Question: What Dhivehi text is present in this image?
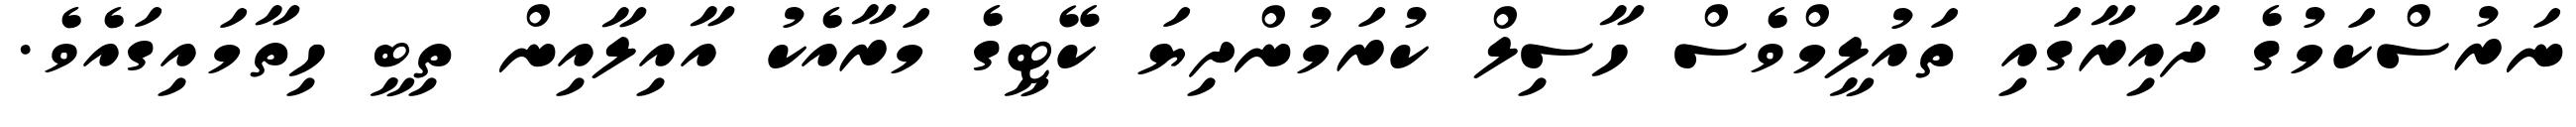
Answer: ނަރުސްކަމުގެ ދާއިރާގައި ތައުލީމްވެސް ހާސިލް ކުރަމުންދިޔަ ކޭޓީގެ މަރާއެކު އާއިލާއިން ތިބީ ހިތާމައިގައެވެ.